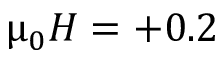
\upmu _ { 0 } H = + 0 . 2